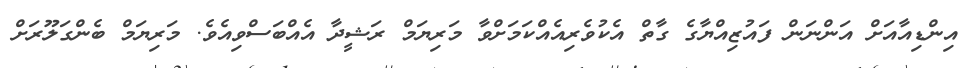
އިންޑިއާއަށް އަންނަން ފައުޒިއްޔާގެ ގާތް އެކުވެރިއެއްކަމަށްވާ މަރިޔަމް ރަޝީދާ އެއްބަސްވިއެވެ. މަރިޔަމް ބެންގަލޫރަށް